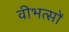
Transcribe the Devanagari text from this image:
वीभत्सों